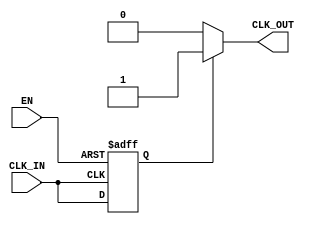
module clock_buffer (
    input wire CLK_IN,        // Input clock signal
    input wire EN,           // Enable signal
    output reg CLK_OUT       // Buffered clock output
);

    // Parameters for timing characteristics
    parameter t_pd = 2;      // Propagation delay (in time units)
    parameter t_r = 1;       // Rise time (in time units)
    parameter t_f = 1;       // Fall time (in time units)

    // Internal signal to hold the buffered clock state
    reg clk_buf;

    // Always block to model the clock buffer behavior
    always @(posedge CLK_IN or negedge EN) begin
        if (!EN) begin
            // If enable is low, output is held low
            clk_buf <= 1'b0;
        end else begin
            // If enable is high, buffer the input clock
            #t_pd clk_buf <= CLK_IN; // Propagation delay
        end
    end

    // Output clock generation with rise and fall times
    always @(clk_buf) begin
        if (clk_buf) begin
            // Simulate rise time
            #t_r CLK_OUT <= 1'b1;
        end else begin
            // Simulate fall time
            #t_f CLK_OUT <= 1'b0;
        end
    end

endmodule